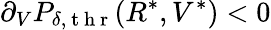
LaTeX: \partial_{V}P_{\delta,\mathrm{~t~h~r~}}(R^{*},V^{*})<0